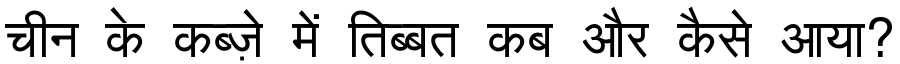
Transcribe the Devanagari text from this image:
चीन के कब्ज़े में तिब्बत कब और कैसे आया?